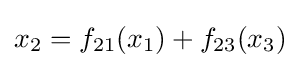
x_{2}=f_{21}(x_{1})+f_{23}(x_{3})